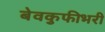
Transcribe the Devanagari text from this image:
बेवकुफीभरी